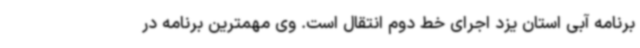
برنامه آبی استان یزد اجرای خط دوم انتقال است. وی مهمترین برنامه در